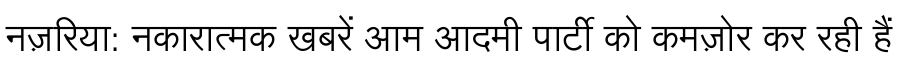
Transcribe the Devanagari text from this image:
नज़रिया: नकारात्मक खबरें आम आदमी पार्टी को कमज़ोर कर रही हैं